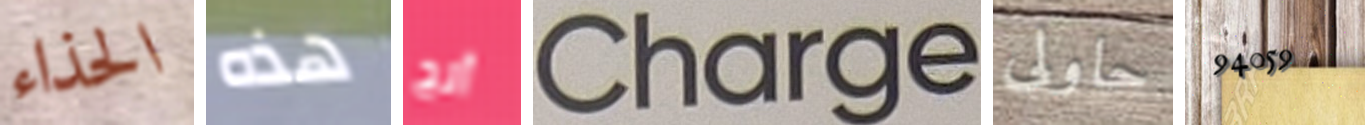
الحذاء هذه آنج Charge حاولى 94059